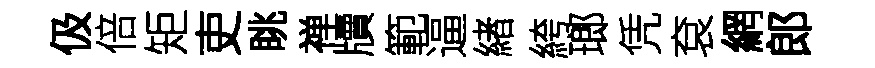
伋倍矩吏眺禅牘範逼緖絝瑯凭袞網郎